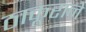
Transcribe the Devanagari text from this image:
ठाकूराने